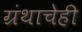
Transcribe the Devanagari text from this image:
ग्रंथाचेही